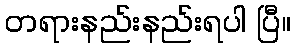
တရားနည်းနည်းရပါ ပြီ။